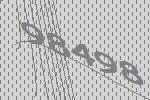
98498